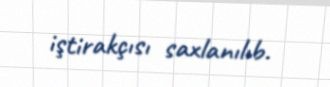
iştirakçısı saxlanılıb.